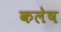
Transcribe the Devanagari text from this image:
कलेष